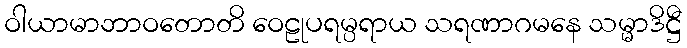
ဝါယာမာဘာဝတောတိ ဝေဠုပရမ္ပရာယ သရဏာဂမနေ သမ္မာဒိဋ္ဌီ